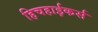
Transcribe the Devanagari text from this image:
हिचहाईकर्स